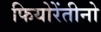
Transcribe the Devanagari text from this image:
फियोरेंतीनो